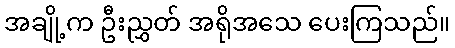
အချို့က ဦးညွှတ် အရိုအသေ ပေးကြသည်။